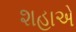
શહાએ